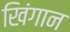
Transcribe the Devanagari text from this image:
खिंगान